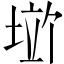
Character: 𪣱